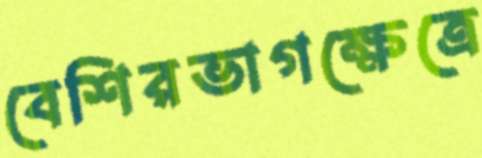
বেশিরভাগক্ষেত্রে